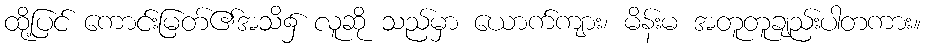
ထို့ပြင် ကောင်းမြတ်၏အသိ၌ လူဆို သည်မှာ ယောက်ကျား၊ မိန်းမ အတူတူချည်းပါတကား။